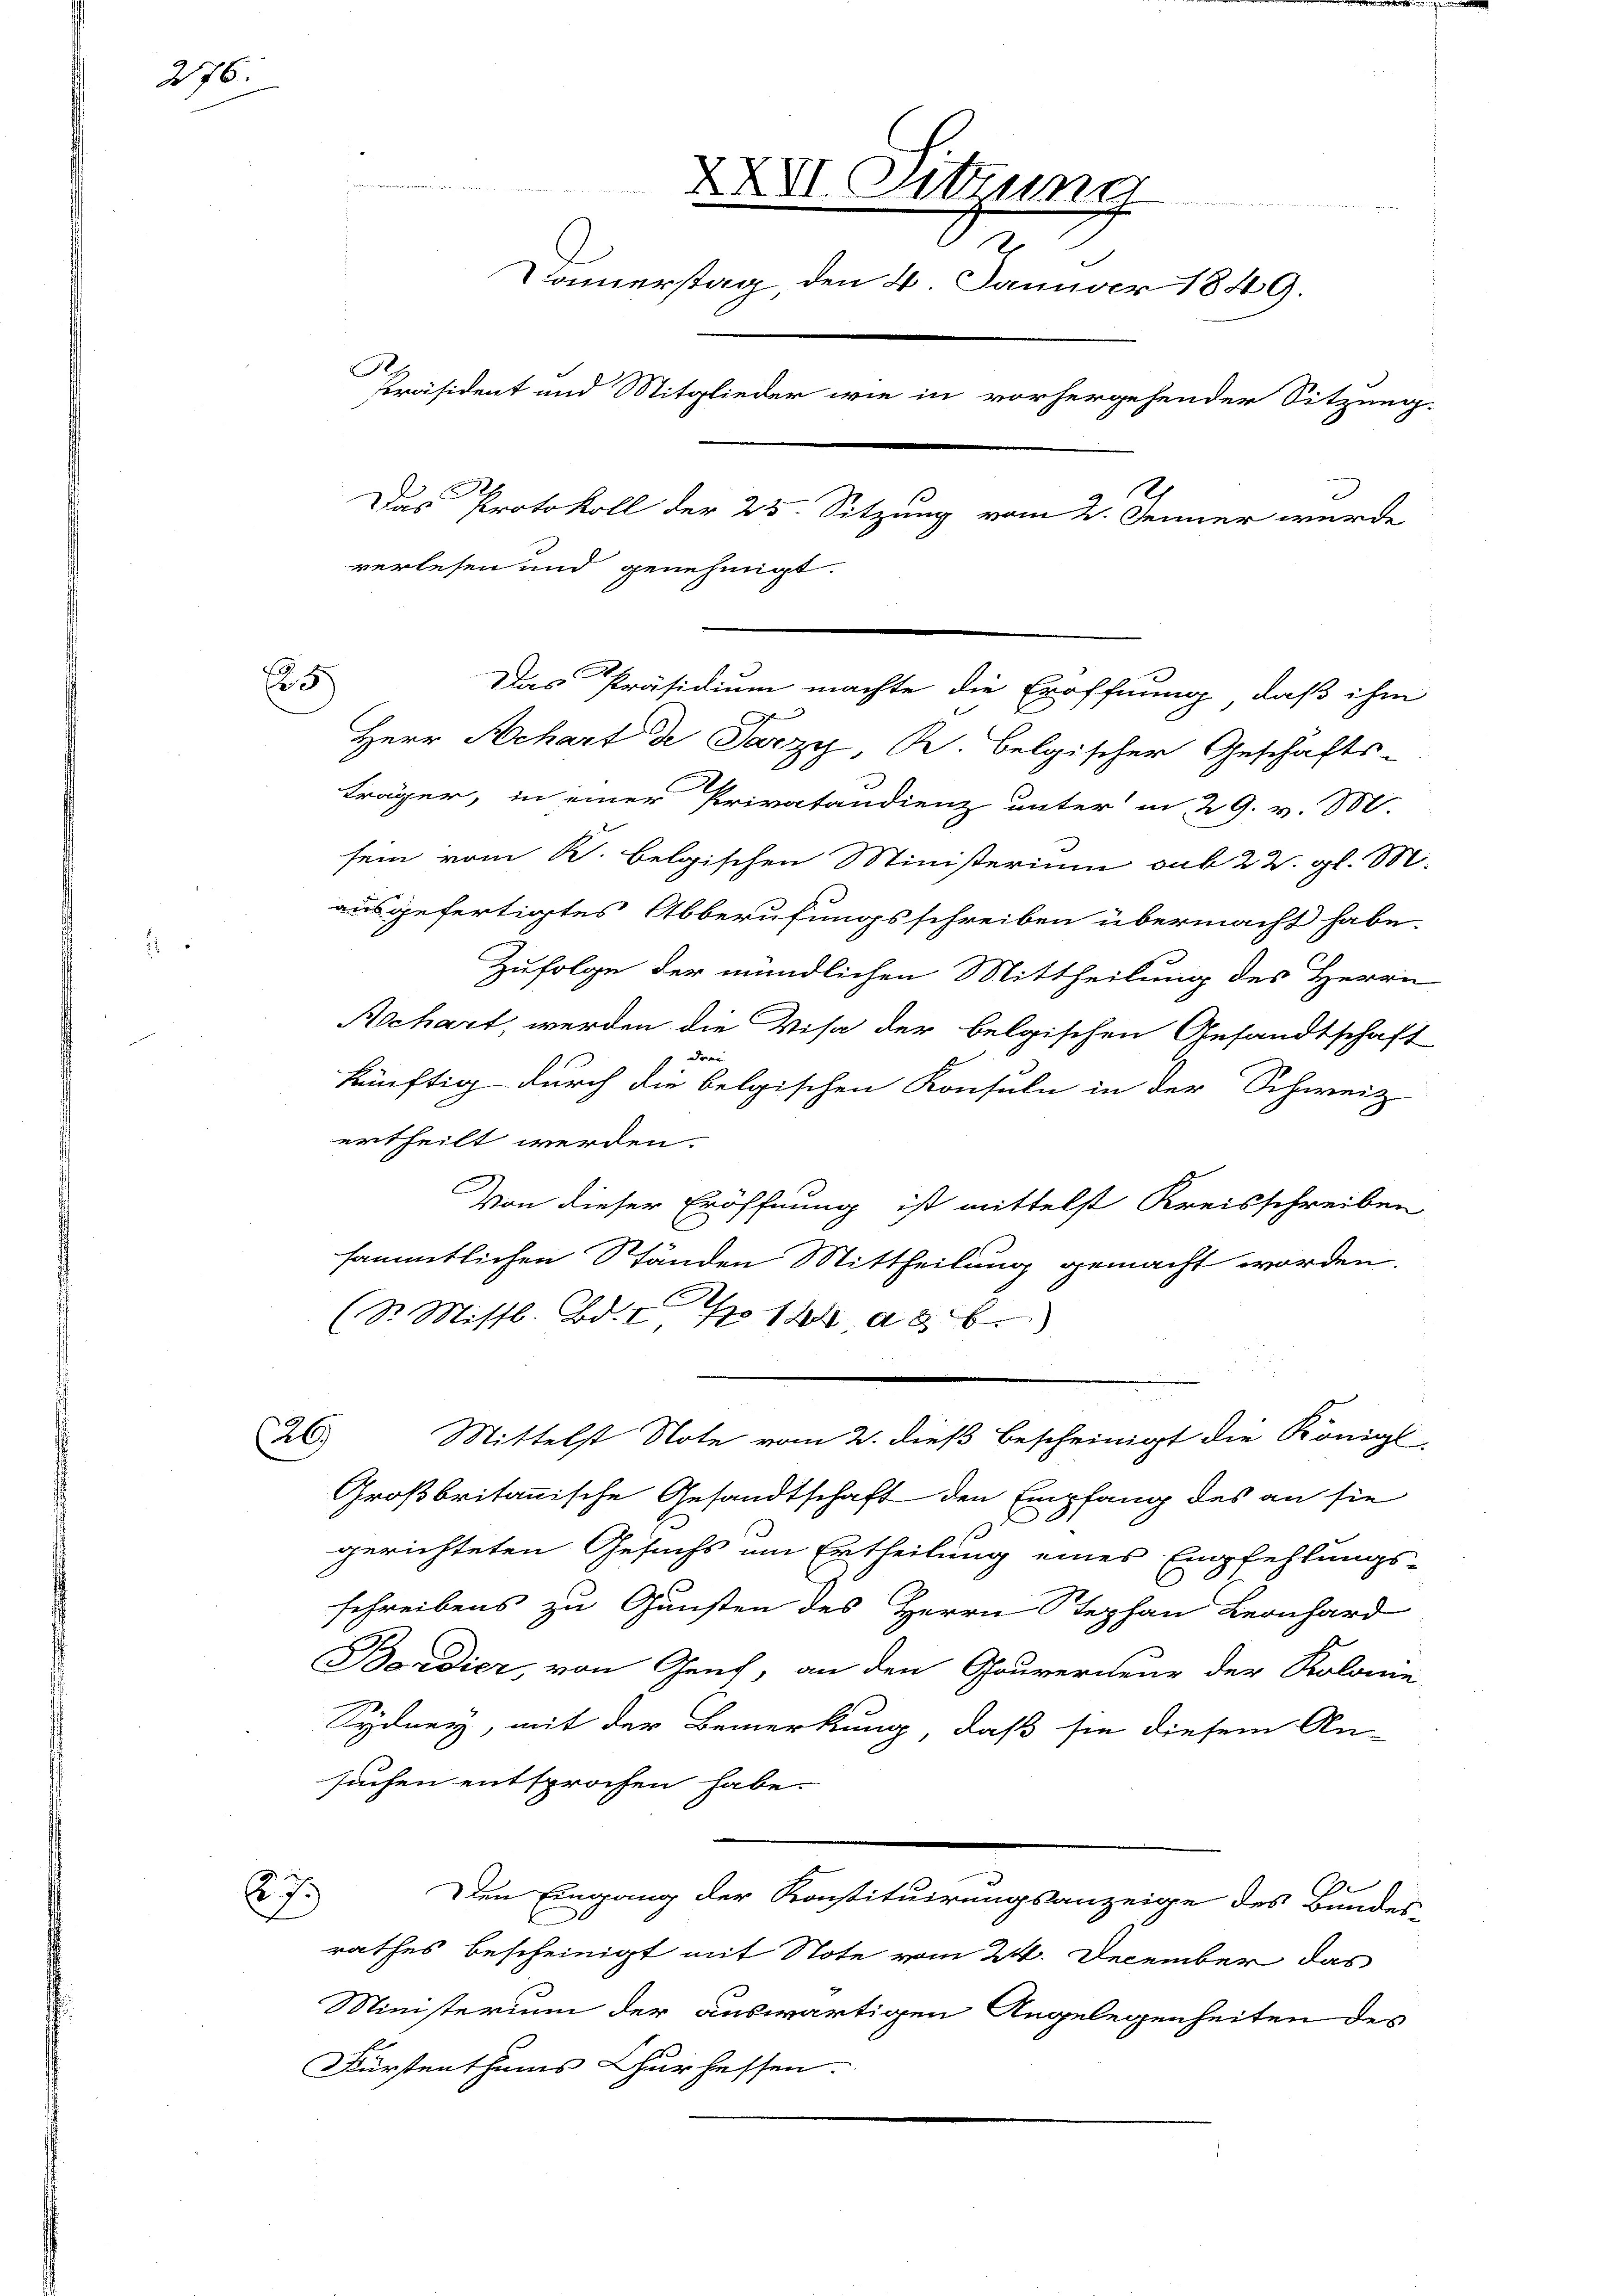
276.

5)

e
Herr Achart de Parzy, R. belgischer Geschäfts-
träger, in einer Privatandienz unter in 29. v. 30.
sein vom K. belgischen Ministerium sub 22. gl. M.
ausgefertigtes Abberufungsschreiben übermacht habe.
Zufolge der mündlichen Mittheilung des Herrn
Aschart, werden die Visa der belgischen Gesandtschaft
künftig durch die belgischen Konsuln in der Schweiz
ertheilt werden.
Von dieser Eröffnung ist mittelst Kreisschreiben
sämmtlichen Ständen Mittheilung gemacht worden,
E
(Sr. Mistl. Bd. I S. 164 ab
26
Mittelst Note vom 2. dieß bescheinigt die Königl
Großbritannische Gesandtschaft den Empfang des an sie
gerichteten Gesuchs um Ertheilung eines Empfehlungs-
schreibens zu Gunsten des Herrn Stephan Leonhard
Bordier, von Genf, an den Gouverneur der Kolonie
Sydney, mit der Bemerkung, daß sie diesem An-
suchen entsprochen habe.
7
Den Eingang der Konstituirungsanzeige des Bundes-
rathes bescheinigt mit Note vom 24. December das
Ministerium der auswärtigen Angelegenheiten des
Fürstenthums Churhessen.

G.

XXVI. Sitzung
I
Donnerstag, den 4. Januar 1849.
Rh.
Präsident und Mitglieder wie in vorhergehender Sitzung.
A
Das Protokoll der 25. Sitzung vom 2. Jenner wurde
verlesen und genehmigt.

Das Präsidium machte die Eröffnung, daß ihm